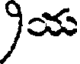
)య